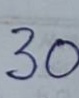
30